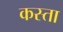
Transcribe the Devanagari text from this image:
कस्‍ता